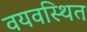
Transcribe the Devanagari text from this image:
वयवस्थित